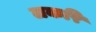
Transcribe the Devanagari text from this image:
लकरि